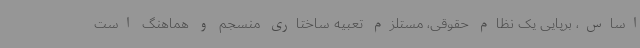
اساس، برپایی یک نظام حقوقی، مستلزم تعبیه ساختاری منسجم و هماهنگ است